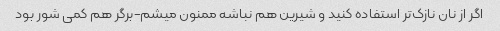
اگر از نان نازک‌تر استفاده کنید و شیرین هم نباشه ممنون میشم-برگر هم کمی شور بود